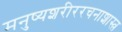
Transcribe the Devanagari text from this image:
मनुष्यशरीररचनाशास्त्र